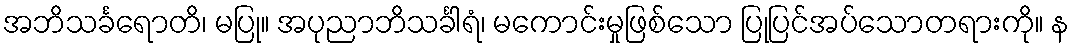
အဘိသင်္ခရောတိ၊ မပြု။ အပုညာဘိသင်္ခါရံ၊ မကောင်းမှုဖြစ်သော ပြုပြင်အပ်သောတရားကို။ န